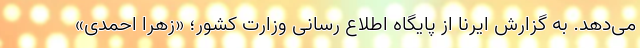
می‌دهد. به گزارش ایرنا از پایگاه اطلاع رسانی وزارت کشور؛ «زهرا احمدی»